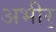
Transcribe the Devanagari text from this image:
अभीर्